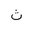
Letter: _tha